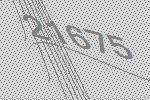
21675